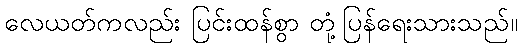
လေယတ်ကလည်း ပြင်းထန်စွာ တုံ့ပြန်ရေးသားသည်။